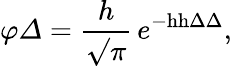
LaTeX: \varphi{\mathit{\Delta}}={\frac{h}{\surd\pi}}\, e^{-\mathrm{hh}\Delta\Delta},